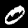
Label: 0